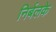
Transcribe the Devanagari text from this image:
निर्बलके